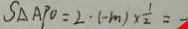
S _ { \Delta A P O } = 2 \cdot ( - m ) \times \frac { 1 } { 2 } = -